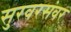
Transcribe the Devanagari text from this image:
सुरवरसंवर